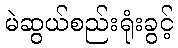
မဲဆွယ်စည်းရုံးခွင့်